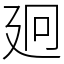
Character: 㢠